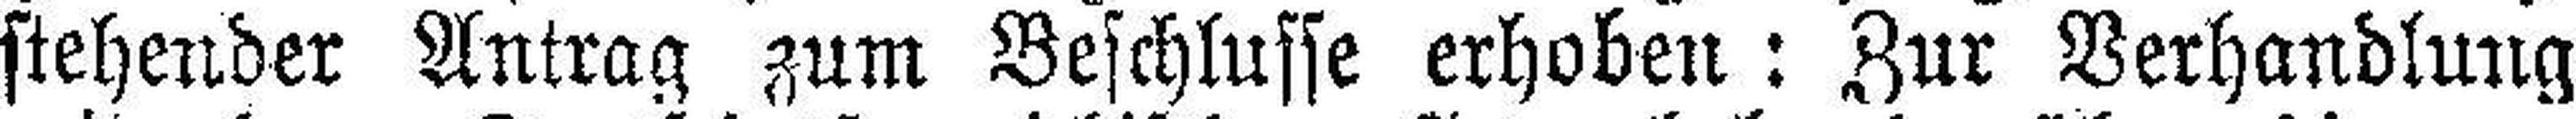
stehender Antrag zum Beschlusse erhoben: Zur Verhandlung